Medical and sanitary report of the native army of Bengal for the year
Year: 1876
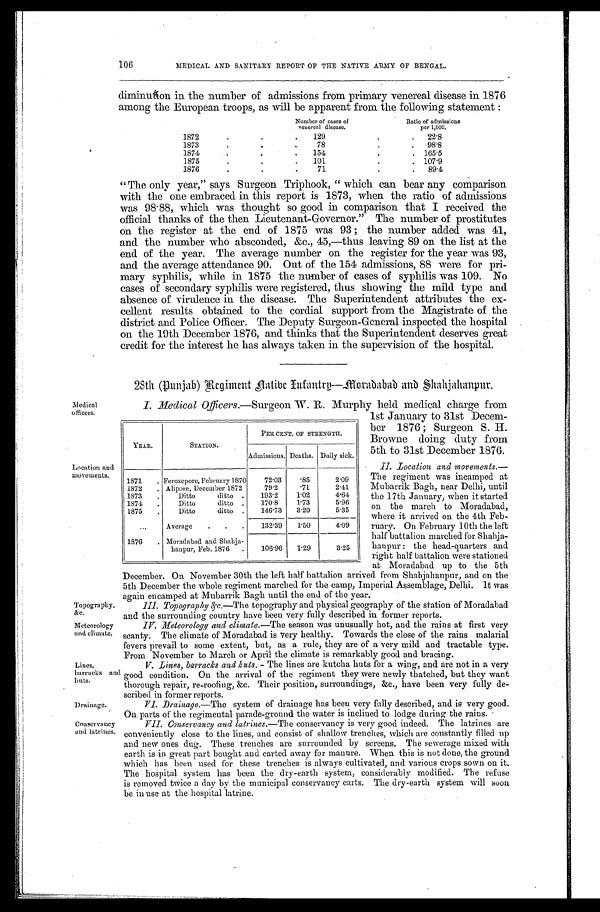
Lines,
barracks huts.
Drainage.
1
PER CENT. OF STRENGTH.
YEARSTATION.
Admissions. Deaths. Daily sick.
1871 Ferozepore, February 187072.03852.09
1872Alipore, December 187279.2.712.41
1873Ditto ditto
193. 21. 024. 64
1874Ditto ditto170.81.735.96
1875Ditto ditto . 146. 733. 205. 35
Average132.391.504.09
1876Moradabad and Shahja-
hanpur, Feb. 1876106.961.293.25
Location and
movements.
106
:Medical
officers.
Topography, &c.
Meteorology and climate.
Conservancy
and latrines.
MEDICAL AND SANITARY REPORT OF THE NATIVE ARMY OF BENGAL.
diminution in the number of admissions from primary venereal disease in 1876
among the European troops, as will be apparent from the following statement :
Number of cases of
venereal disease.
Ratio of admissions
per 1, 000.
1872
.129
2 2 . 8
1873
78
9 8 . 8
1874
154
•
. 1 6 5 . 5
1875
101
1 0 7 . 9
1876
71
"The only year," says Surgeon Triphook, "which can bear any comparison
with the one embraced in this report is 1873, when the ratio of admissions
was 98. 88, which was thought so good in comparison that I received the
official thanks of the then Lieutenant-Governor." The number of prostitutes
on the register at the end of 1875 was 93; the number added was 41,
and the number who absconded, &c., 45,—thus leaving 89 on the list at the
end of the year. The average number on the register for the year was 93,
and the average attendance 90. Out of the 154 admissions, 88 were for pri
- m a r y s y p h i l i s , w h i l e i n 1 8 7 5 t h e n u m b e r o f c a s e s o f s y p h i l i s w a s 1 0 9 . N o
cases of secondary syphilis were registered, thus showing the mild type and
absence of virulence in the disease. The Superintendent attributes the ex
- c e l l e n t r e s u l t s o b t a i n e d t o t h e c o r d i a l s u p p o r t f r o m t h e M a g i s t r a t e o f t h e
district and Police Officer. The Deputy Surgeon-General inspected the hospital
on the 19th December 1876, and thinks that the Superintendent deserves great
credit for the interest he has always taken in the supervision of the hospital.
28th (Punjab) Regiment Aative Inranrg—Moradabad and Shahjahanpur..
I. Medical Officers.—Surgeon W. R. Murphy held medical charge from
1st January to 31st Decem
ber 1876; Surgeon S. H.
Browne doing duty from
5th to 31st December 1876.
II.Location andmovements.—
The regiment was incamped at
Mubarrik Bagh, near Delhi, until
the 17th January, when it started
on the march to Moradabad,
where it arrived on the 4th Feb
ruary. On February 10th the left
half battalion marched for Shahja
hanpur: the head-quarters and
right half battalion were stationed
at Moradabad up to the 5th
December. On November 30th the left half battalion arrived from Shahjahanpur, and on the
5th December the whole regiment marched for the camp, Imperial .Assemblage, Delhi. It was
again encamped at Mubarrik Bagh until the end of the year.
111. Topography &c.—T h e t o p o g r a p h y a n d p h y s i c a l g e o g r a p h y o f t h e s t a t i o n o f M o r a d a b a d
and the surrounding country have been very fully described in former reports.
IV. Meteorology and climate.—The season was unusually hot, and the rains at first very
scanty. The climate of Moradabad is very healthy. Towards the close of the rains malarial
fevers prevail to some extent, but, as a rule, they are of a very mild and tractable type.
From November to March or April the climate is remarkably good and bracing.
V. Lines, barracks and huts.— The lines are kutcha huts for a wing, and are not in a very
and good condition. On the arrival of the regiment they were newly thatched, but they want
thorough repair, re-roofing, &c. Their position, surroundings, &c., have been very fully de-
scribed in former reports.
Drainage.—The system of drainage has been very fully described, and is very good.
On parts of the regimental parade-ground the water is inclined to lodge during the rains.
VII. Conservancy and latrines.— The conservancy is very good indeed. The latrines are
conveniently close to the lines, and consist of shallow trenches, which are constantly filled up
and new ones dug. These trenches are surrounded by screens. The sewerage mixed with
earth is in great part bought and carted away for manure. When this is not done, the ground
which has been used for these trenches is always cultivated, and various crops sown on it.
The hospital system has been the dry-earth system, considerably modified. The refuse
is removed twice a day by the municipal conservancy carts. The dry-earth system will soon
be in use at the hospital latrine.